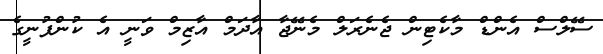
ސޭލްސް އެންޑް މާކެޓިން ޖެނެރަލް މެނޭޖާ އާދަމް އާޒިމް ވަނީ އެ ކުންފުނީގެ